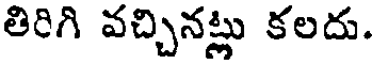
తిరిగి వచ్చినట్లు కలదు.